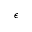
\epsilon